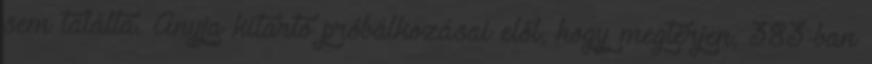
sem találta. Anyja kitartó próbálkozásai elől, hogy megtérjen, 383-ban